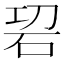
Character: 𥑱